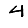
Digit: 4